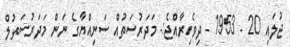
ޖުލައި 20 - 1953 - ދިވެހިރާއްޖެ:- މަދަރުސަތުއް ސަނިއްޔާގެ ނަން މަދަރުސަތުލް